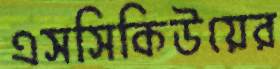
এসসিকিউয়ের